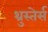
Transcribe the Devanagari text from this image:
थ्रुस्तेर्स